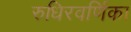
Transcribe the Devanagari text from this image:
रुधिरवर्णिका